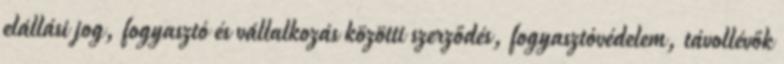
elállási jog, fogyasztó és vállalkozás közötti szerződés, fogyasztóvédelem, távollévők